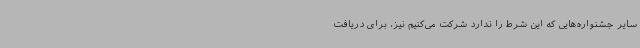
سایر جشنواره‌هایی که این شرط را ندارد شرکت می‌کنیم نیز، برای دریافت